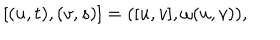
[ ( u , t ) , ( v , s ) ] = ( [ u , v ] , \omega ( u , v ) ) ,